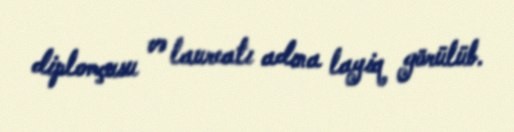
diplomçusu və laureatı adına layiq görülüb.